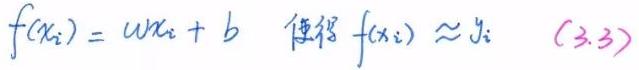
$ f(x_i) = wx_i + b \quad $使得$ \quad f(x_i) \approx y_i \quad (3.3) $